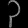
Digit: ၃